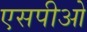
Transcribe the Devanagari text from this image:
एसपीओ